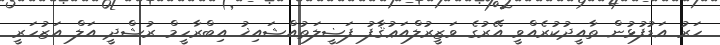
ހަރު އަޑުފުޅުން ތާއީދުކުރެއްވީ އޭރުގެ ވަޒީރުލްއަޢުޤާފު ފަޟީލަތުއްޝައިޚު އިބްރާހީމް ރުޝްދީ އަލް އަޒުހަރީ